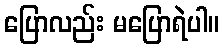
ပြောလည်း မပြောရဲပါ။